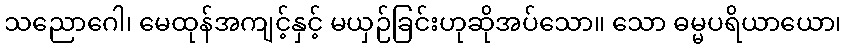
သညောဂေါ၊ မေထုန်အကျင့်နှင့် မယှဉ်ခြင်းဟုဆိုအပ်သော။ သော ဓမ္မပရိယာယော၊